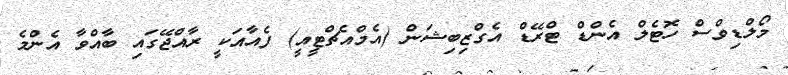
މޯލްޑިވްސް ހޮޓެލް އެންޑް ޓްރޭޑް އެގްޒިބިޝަން (އެމްއެޗްޓީއީ) ފެއާއަކީ ރާއްޖޭގައި ބާއްވާ އެންމެ